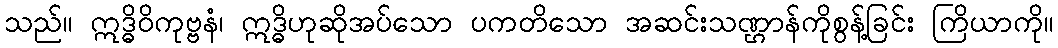
သည်။ ဣဒ္ဓိဝိကုဗ္ဗနံ၊ ဣဒ္ဓိဟုဆိုအပ်သော ပကတိသော အဆင်းသဏ္ဌာန်ကိုစွန့်ခြင်း ကြိယာကို။